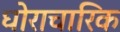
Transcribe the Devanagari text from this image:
घोराचारिक